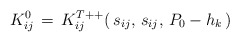
\begin{align*}K^0_{ij}\,=\,K^{T++}_{ij}(\,s_{ij},\,s_{ij},\,P_0-h_k\,)\end{align*}